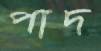
পাদ